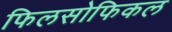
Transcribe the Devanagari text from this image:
फिलसोफिकल